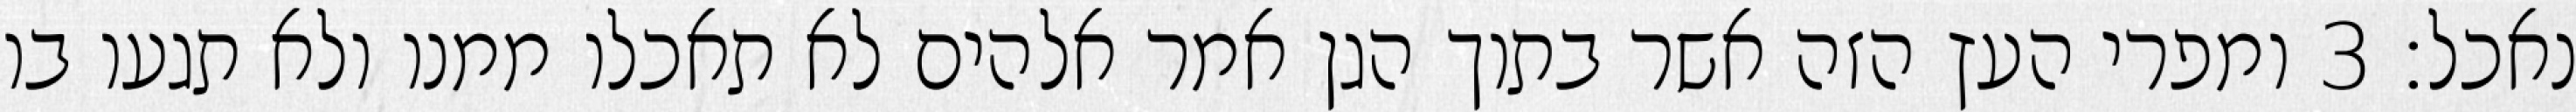
נאכל׃ ‎3‏ ומפרי העץ הזה אשר בתוך הגן אמר אלהים לא תאכלו ממנו ולא תגעו בו